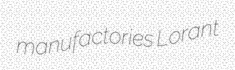
manufactories Lorant